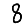
Digit: 8